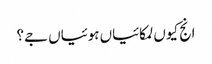
انج کیوں لمکائیاں ہوئیاں جے؟